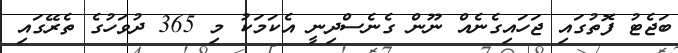
ބަޖެޓު ފޮތުގައި ޖަހައިގެނެއް ނޫން ގެނެސްދިނީ އެކަމަކު މި 365 ދުވަހުގެ ތެރޭގައި